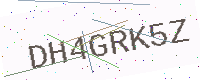
Text: DH4GRK5Z